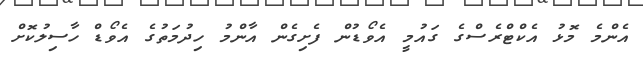
އެންމެ މޮޅު އެކްޓްރެސްގެ ގައުމީ އެވޯޑުން ފެށިގެން އާންމު ހިދުމަތުގެ އެވޯޑް ހާސިލުކޮށް